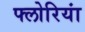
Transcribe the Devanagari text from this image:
फ्लोरियां